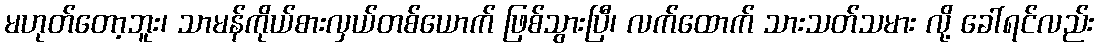
မဟုတ်တော့ဘူး၊ သာမန်ကိုယ်စားလှယ်တစ်ယောက် ဖြစ်သွားပြီ၊ လက်ထောက် သားသတ်သမား လို့ ခေါ်ရင်လည်း